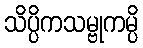
သိပ္ပိကသမ္ဗုကမ္ပိ